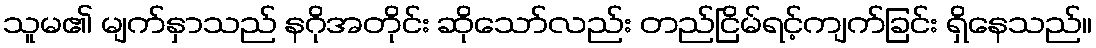
သူမ၏ မျက်နှာသည် နဂိုအတိုင်း ဆိုသော်လည်း တည်ငြိမ်ရင့်ကျက်ခြင်း ရှိနေသည်။